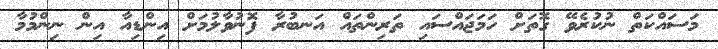
މަސައްކަތް ނުކުރެވޭ ގޮތަށް ހަމަޖައްސައި ތަރިންތައް އަނބުރާ ފޮނުވާލުމަށް އިންޑިއާ އިން ނިންމުމާ